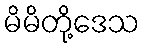
မိမိတို့ဒေသ